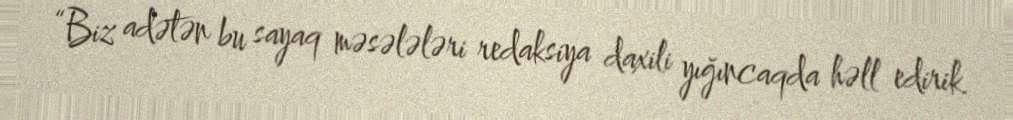
“Biz adətən bu sayaq məsələləri redaksiya daxili yığıncaqda həll edirik.